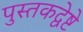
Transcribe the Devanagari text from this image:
पुस्तकद्वेष्टे